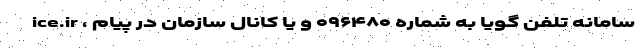
ice.ir ، سامانه تلفن گویا به شماره ۰۹۶۴۸۰ و یا کانال سازمان در پیام